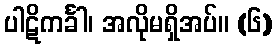
ပါဋိကင်္ခါ၊ အလိုမရှိအပ်။ (၆)